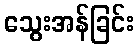
သွေးအန်ခြင်း